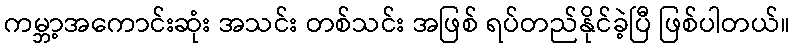
ကမ္ဘာ့အကောင်းဆုံး အသင်း တစ်သင်း အဖြစ် ရပ်တည်နိုင်ခဲ့ပြီ ဖြစ်ပါတယ်။